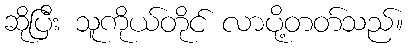
ဆိုပြီး သူကိုယ်တိုင် လာပို့တတ်သည်။